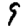
Digit: 9